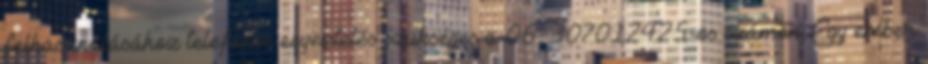
felhasználásához telefonos egyeztetés szükséges a 06 307012425-ös számon. Egy ember